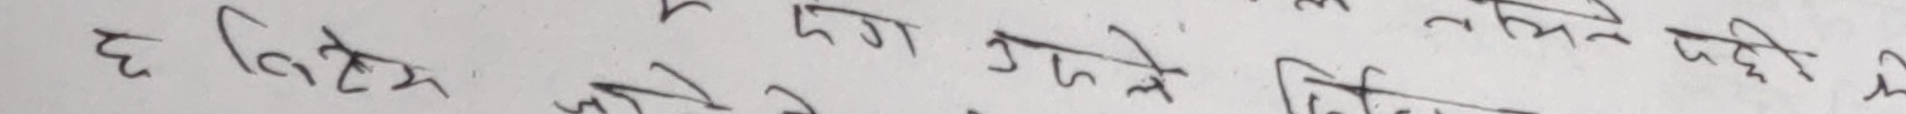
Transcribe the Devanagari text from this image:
छ ठिक छ गछौ